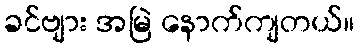
ခင်ဗျား အမြဲ နောက်ကျတယ်။